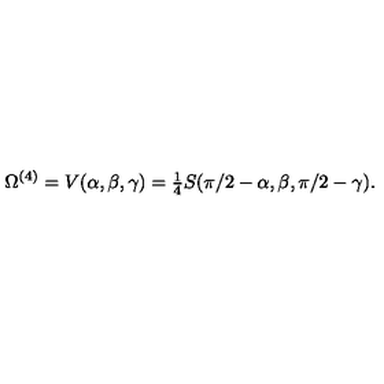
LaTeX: \Omega ^ { ( 4 ) } = V ( \alpha , \beta , \gamma ) = { \textstyle { \frac { 1 } { 4 } } } S ( \pi / 2 - \alpha , \beta , \pi / 2 - \gamma ) .